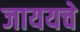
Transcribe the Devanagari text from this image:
जाययचे